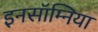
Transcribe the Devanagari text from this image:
इनसॉम्निया